Sanitation, dispensaries and jails vaccination Rajputana 1922-1927 - 1922-1927
Year: 1922
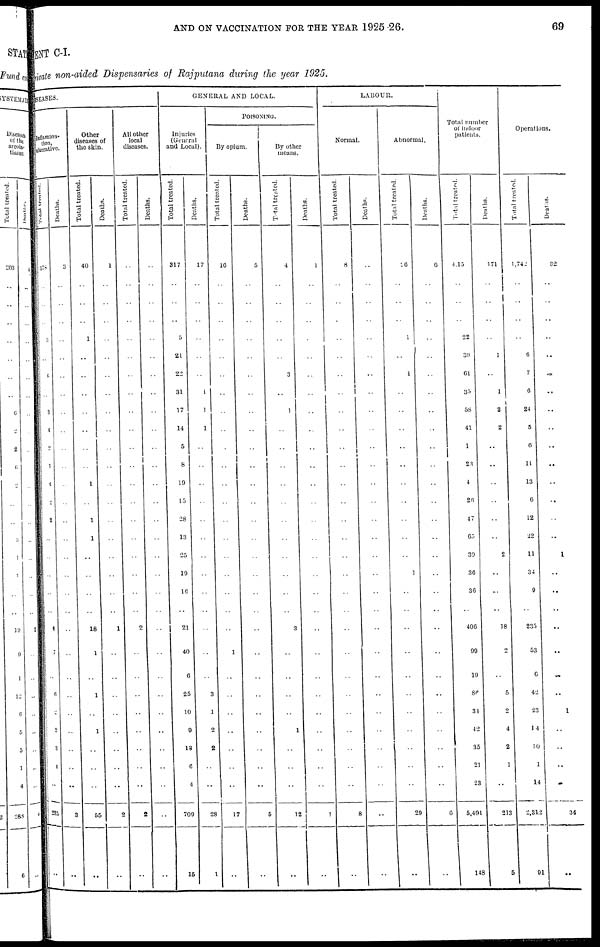
AND ON VACCINATION FOR THE YEAR 1925-26.
69
MENT C-I.
Private non-aided Dispensaries of Rajputana during the year 1925.
DISEASES.
Inflamma-
tion,
ulcerative.
Total treated.
178
..
..
..
3
..
6
..
3
4
2
1
4
2
2
..
..
..
..
..
6
7
..
6
2
2
3
4
..
235
..
Deaths.
3
..
..
..
..
..
..
..
..
..
..
..
..
..
..
..
..
..
..
..
..
..
..
..
..
..
..
..
..
3
..
Other
diseases of
the skin.
Total treated.
40
..
..
..
1
..
..
..
..
..
..
..
1
..
1
1
..
..
..
..
18
1
..
1
..
1
..
..
..
55
..
Deaths.
1
..
..
..
..
..
..
..
..
..
..
..
..
..
..
..
..
..
..
..
1
..
..
..
..
..
..
..
..
2
..
All other
local
diseases.
Total treated.
..
..
..
..
..
..
..
..
..
..
..
..
..
..
..
..
..
..
..
..
2
..
..
..
..
..
..
..
..
2
..
Deaths.
..
..
..
..
..
..
..
..
..
..
..
..
..
..
..
..
..
..
..
..
..
..
..
..
..
..
..
..
..
..
..
GENERAL AND LOCAL.
Injuries
(General
and Local).
Total treated.
317
..
..
..
5
21
22
31
17
14
5
8
19
15
28
13
25
19
16
..
21
40
6
25
10
9
13
6
4
709
15
Deaths.
17
..
..
..
..
..
..
1
1
1
..
..
..
..
..
..
..
..
..
..
..
..
..
3
1
2
2
..
..
28
1
POISONING.
By opium.
Total treated.
16
..
..
..
..
..
..
..
..
..
..
..
..
..
..
..
..
..
..
..
..
1
..
..
..
..
..
..
..
17
..
Deaths.
5
..
..
..
..
..
..
..
..
..
..
..
..
..
..
..
..
..
..
..
..
..
..
..
..
..
..
..
..
5
..
By other
means.
Total treated.
4
..
..
..
..
..
3
..
1
..
..
..
..
..
..
..
..
..
..
..
3
..
..
..
..
1
..
..
..
12
..
Deaths.
1
..
..
..
..
..
..
..
..
..
..
..
..
..
..
..
..
..
..
..
..
..
..
..
..
..
..
..
..
1
..
LABOUR.
Normal.
Total treated.
8
..
..
..
..
..
..
..
..
..
..
..
..
..
..
..
..
..
..
..
..
..
..
..
..
..
..
..
..
8
..
Deaths.
..
..
..
..
..
..
..
..
..
..
..
..
..
..
..
..
..
..
..
..
..
..
..
..
..
..
..
..
..
..
..
Abnormal.
Total treated.
26
..
..
..
1
..
1
..
..
..
..
..
..
..
..
..
..
1
..
..
..
..
..
..
..
..
..
..
..
29
..
Deaths.
6
..
..
..
..
..
..
..
..
..
..
..
..
..
..
..
..
..
..
..
..
..
..
..
..
..
..
..
..
6
..
Total number
of indoor
patients.
Total treated.
4,15
..
..
..
22
30
61
35
58
41
1
23
4
26
47
65
39
36
36
..
406
99
19
86
34
42
35
21
23
5,491
148
Deaths.
171
..
..
..
..
1
..
1
2
2
..
..
..
..
..
..
2
..
..
..
18
2
..
5
2
4
2
1
..
213
5
Operations.
Total treated.
1,742
..
..
..
..
6
7
6
24
5
6
11
13
6
12
22
11
34
9
..
235
53
6
42
23
14
10
1
14
2,312
91
Deaths.
32
..
..
..
..
..
..
..
..
..
..
..
..
..
..
..
1
..
..
..
..
..
..
..
1
..
..
..
..
34
..